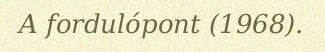
A fordulópont (1968).